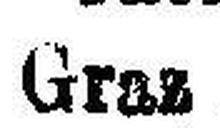
Graz